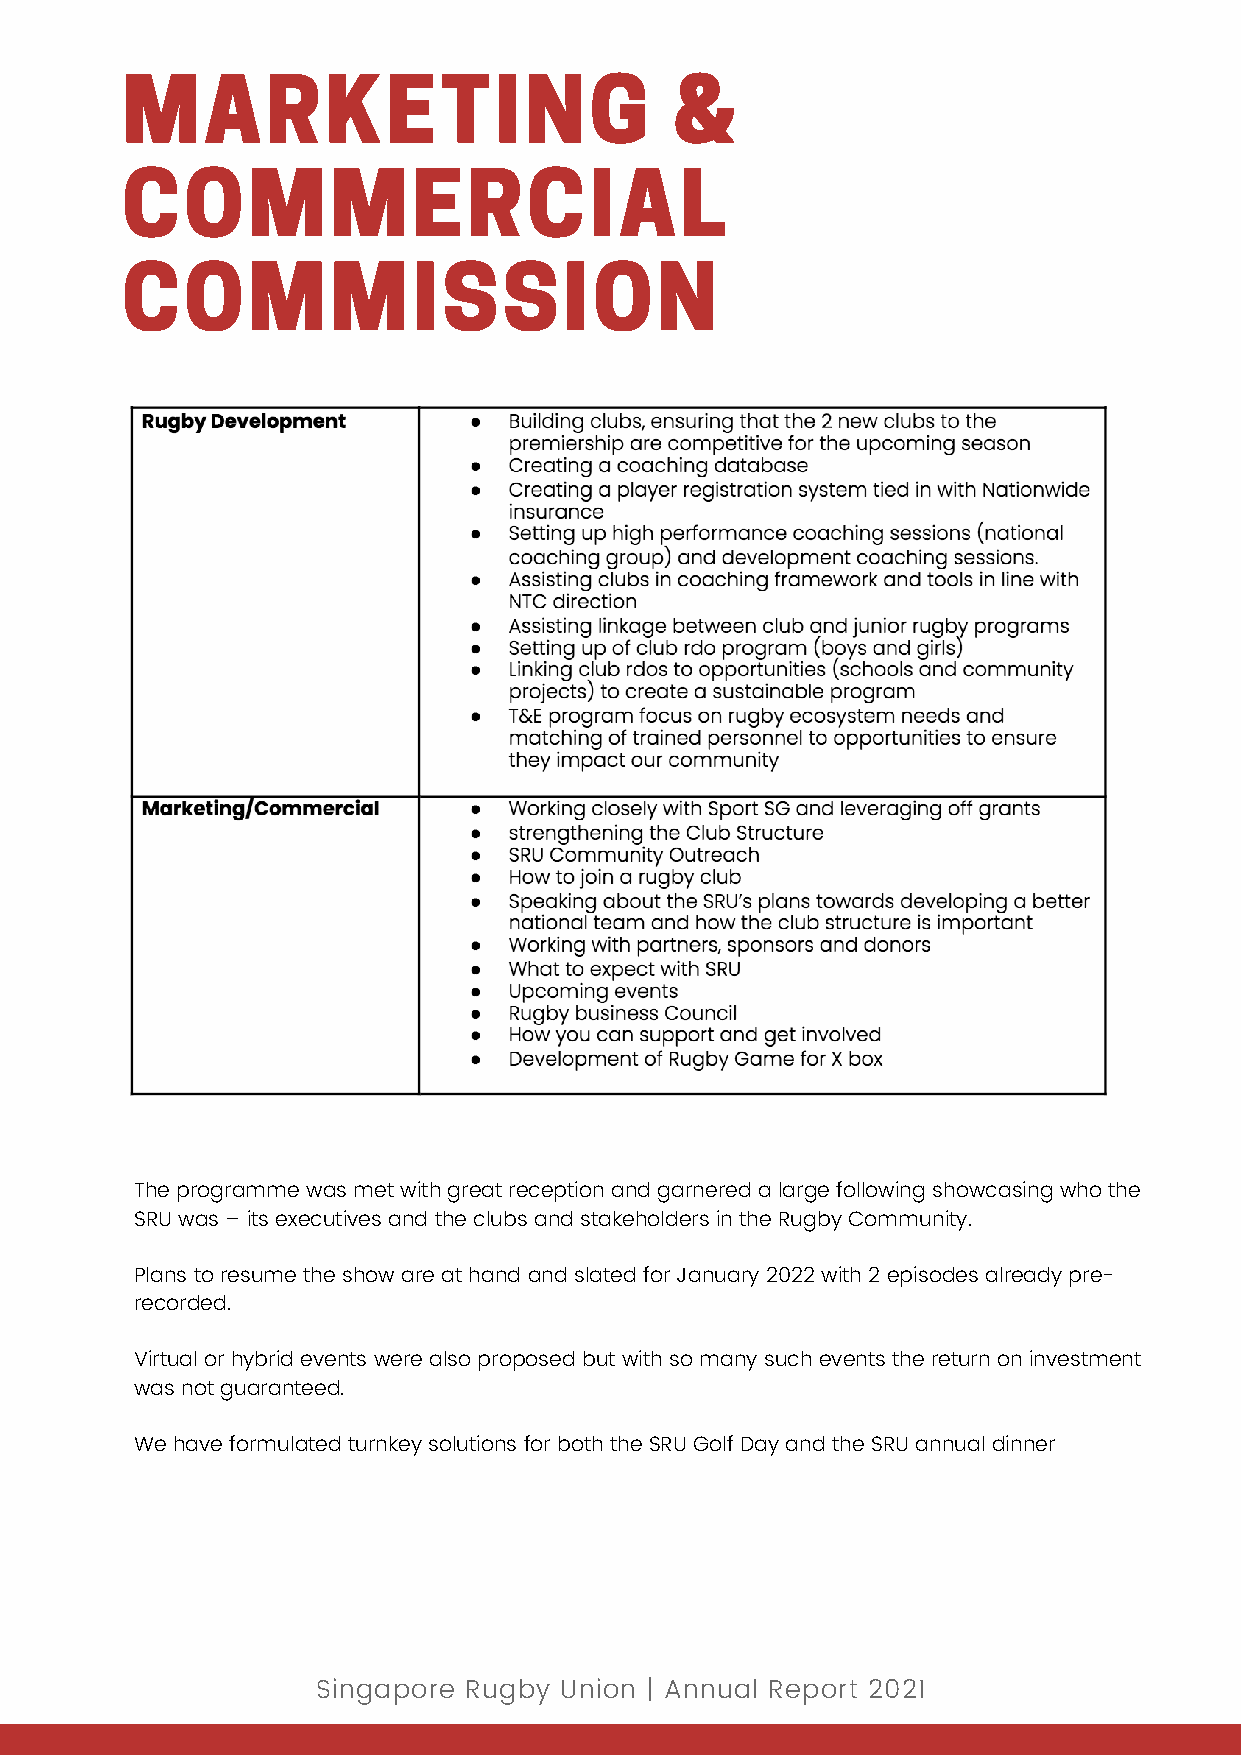
MARKETING                            &
 COMMERCIAL
 COMMISSION
 The programme was met with great reception and garnered a large following showcasing who the
 SRU was – its executives and the clubs and stakeholders in the Rugby Community.
 Plans to resume the show are at hand and slated for January 2022 with 2 episodes already pre-
 recorded.
 Virtual or hybrid events were also proposed but with so many such events the return on investment
 was not guaranteed.
 We have formulated turnkey solutions for both the SRU Golf Day and the SRU annual dinner
 Singapore Rugby Union | Annual Report 2021